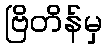
ဗြိတိန်မှ